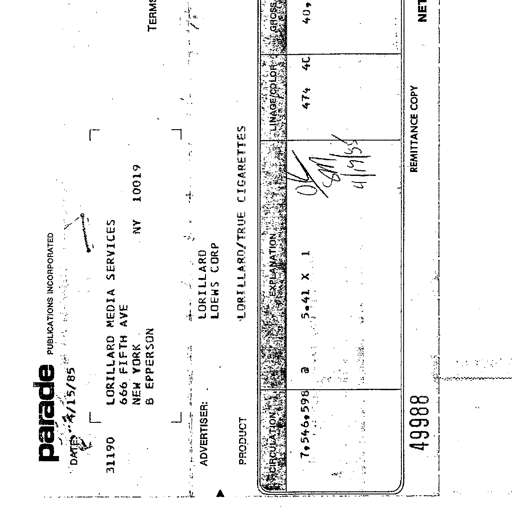
parade PUBLICATIONS INCORPORATED
DATE 4/15/85
31190 LORILLARD MEDIA SERVICES
666 FIFTH AVE
NEW YORK NY 10019
B EPPERSON
ADVERTISER: LORILLARD
LOEWS CORP
PRODUCT LORILLARD/TRUE CIGARETTES
CIRCULATION @ EXPLANATION LINAGE/COLOR GROSS
7,546,598 @ 5.41 X 1 474 4C 40,
OK
CM
4/19/85
49988 REMITTANCE COPY NET